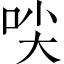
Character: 𱒜